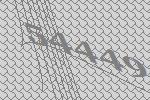
54449